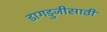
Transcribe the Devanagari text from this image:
डागडुजीसाठी